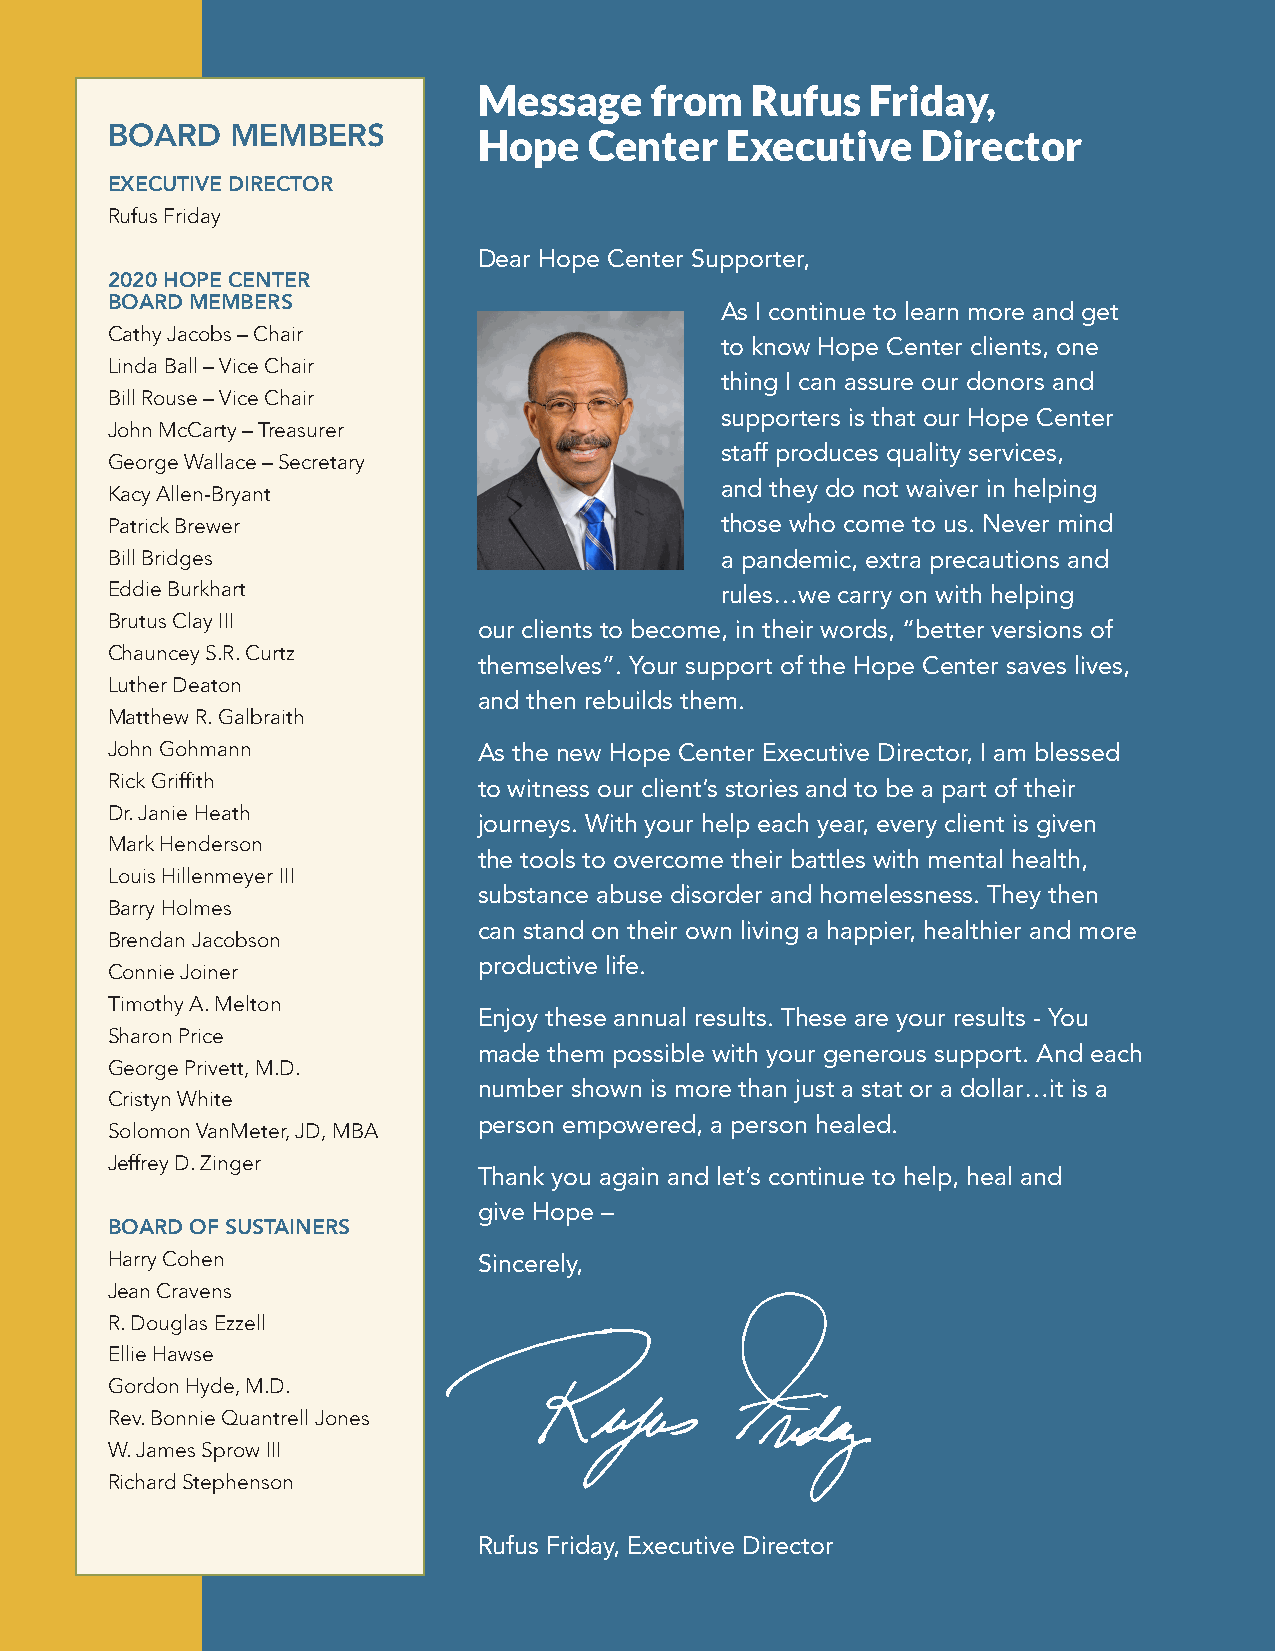
Message    from   Rufus   Friday,
 BOARD   MEMBERS          Hope   Center   Executive    Director
 EXECUTIVE DIRECTOR
 Rufus Friday
 Dear Hope Center Supporter,
 2020 HOPE CENTER
 BOARD MEMBERS
 As I continue to learn more and get
 Cathy Jacobs – Chair
 to know Hope Center clients, one
 Linda Ball – Vice Chair
 thing I can assure our donors and
 Bill Rouse – Vice Chair
 supporters is that our Hope Center
 John McCarty – Treasurer
 staff produces quality services,
 George Wallace – Secretary
 and they do not waiver in helping
 Kacy Allen-Bryant
 Patrick Brewer                           those who come to us. Never mind
 Bill Bridges                             a pandemic, extra precautions and
 Eddie Burkhart                           rules…we carry on with helping
 Brutus Clay III
 our clients to become, in their words, “better versions of
 Chauncey S.R. Curtz
 themselves”. Your support of the Hope Center saves lives,
 Luther Deaton
 and then rebuilds them.
 Matthew R. Galbraith
 John Gohmann             As the new Hope Center Executive Director, I am blessed
 Rick Griffith            to witness our client’s stories and to be a part of their
 Dr. Janie Heath
 journeys. With your help each year, every client is given
 Mark Henderson
 the tools to overcome their battles with mental health,
 Louis Hillenmeyer III
 substance abuse disorder and homelessness. They then
 Barry Holmes
 can stand on their own living a happier, healthier and more
 Brendan Jacobson
 productive life.
 Connie Joiner
 Timothy A. Melton
 Enjoy these annual results. These are your results - You
 Sharon Price
 made them possible with your generous support. And each
 George Privett, M.D.
 number shown is more than just a stat or a dollar…it is a
 Cristyn White
 person empowered, a person healed.
 Solomon VanMeter, JD, MBA
 Jeffrey D. Zinger
 Thank you again and let’s continue to help, heal and
 give Hope –
 BOARD OF SUSTAINERS
 Harry Cohen              Sincerely,
 Jean Cravens
 R. Douglas Ezzell
 Ellie Hawse
 Gordon Hyde, M.D.
 Rev. Bonnie Quantrell Jones
 W. James Sprow III
 Richard Stephenson
 Rufus Friday, Executive Director